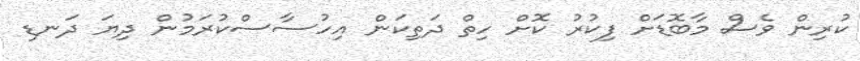
ކުރިން ވެސް މާބޮޑަށް ފިކުރު ކޮށް ހިތް ދަތިކަން އިހުސާސްކުރަމުން ދިޔަ ދަނޑި